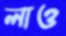
লাও